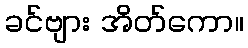
ခင်ဗျား အိတ်ကော။